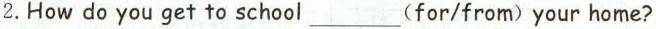
2.How do you get to school___ (for/from)your home?